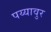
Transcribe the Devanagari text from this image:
पय्यावुर